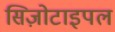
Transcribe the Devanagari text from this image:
सिज़ोटाइपल